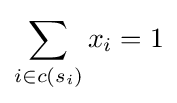
\sum _{i\in c(s_{i})}x_{i}=1